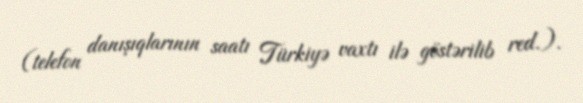
(telefon danışıqlarının saatı Türkiyə vaxtı ilə göstərilib red.).